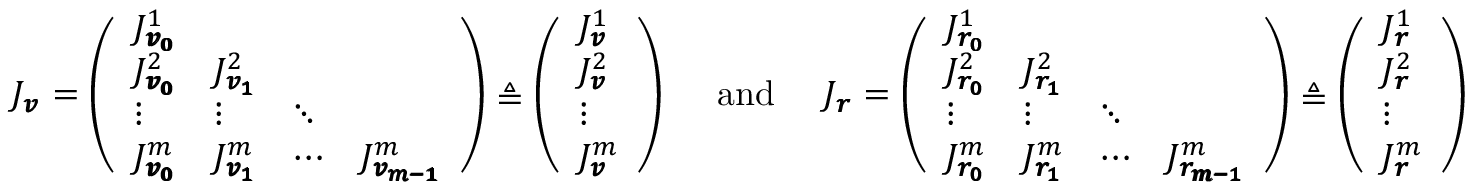
J _ { \pmb { v } } = \left( \begin{array} { l l l l } { J _ { \pmb { v _ { 0 } } } ^ { 1 } } & & & \\ { J _ { \pmb { v _ { 0 } } } ^ { 2 } } & { J _ { \pmb { v _ { 1 } } } ^ { 2 } } & & \\ { \vdots } & { \vdots } & { \ddots } & \\ { J _ { \pmb { v _ { 0 } } } ^ { m } } & { J _ { \pmb { v _ { 1 } } } ^ { m } } & { \cdots } & { J _ { \pmb { v _ { m - 1 } } } ^ { m } } \end{array} \right) \triangleq \left( \begin{array} { l } { J _ { \pmb { v } } ^ { 1 } } \\ { J _ { \pmb { v } } ^ { 2 } } \\ { \vdots } \\ { J _ { \pmb { v } } ^ { m } } \end{array} \right) \mathrm { \quad ~ a n d ~ \quad } J _ { \pmb { r } } = \left( \begin{array} { l l l l } { J _ { \pmb { r _ { 0 } } } ^ { 1 } } & & & \\ { J _ { \pmb { r _ { 0 } } } ^ { 2 } } & { J _ { \pmb { r _ { 1 } } } ^ { 2 } } & & \\ { \vdots } & { \vdots } & { \ddots } & \\ { J _ { \pmb { r _ { 0 } } } ^ { m } } & { J _ { \pmb { r _ { 1 } } } ^ { m } } & { \cdots } & { J _ { \pmb { r _ { m - 1 } } } ^ { m } } \end{array} \right) \triangleq \left( \begin{array} { l } { J _ { \pmb { r } } ^ { 1 } } \\ { J _ { \pmb { r } } ^ { 2 } } \\ { \vdots } \\ { J _ { \pmb { r } } ^ { m } } \end{array} \right)